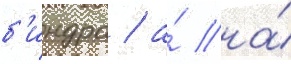
б'индра / а́ на́